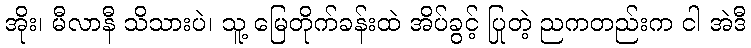
အိုး၊ မီလာနီ သိသားပဲ၊ သူ့ မြေတိုက်ခန်းထဲ အိပ်ခွင့် ပြုတဲ့ ညကတည်းက ငါ အဲဒီ